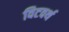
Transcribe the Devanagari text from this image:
विटवर्थ